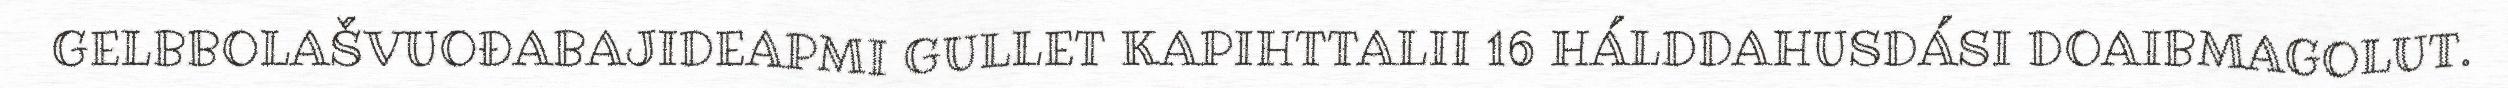
GELBBOLAŠVUOĐABAJIDEAPMI GULLET KAPIHTTALII 16 HÁLDDAHUSDÁSI DOAIBMAGOLUT.